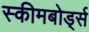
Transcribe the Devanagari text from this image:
स्कीमबोर्ड्स